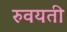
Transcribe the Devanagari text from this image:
रुवयती